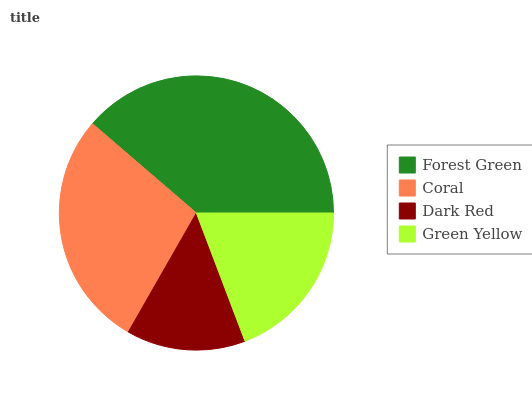
| Forest Green | Coral | Dark Red | Green Yellow |
 | --- | --- | --- | --- |
 | 38.7% | 28% | 14% | 19.3% |